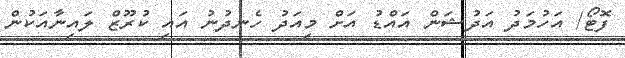
ފޮޓޯ/ އަހުމަދު އަދުޝަން އައްޑު އަށް މިއަދު ހެނދުނު އައި ކުރޫޒް ލައިނާއަކުން